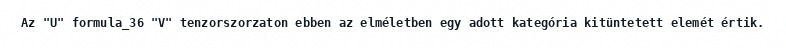
Az "U" formula_36 "V" tenzorszorzaton ebben az elméletben egy adott kategória kitüntetett elemét értik.